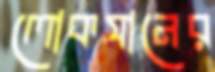
লোকসানের